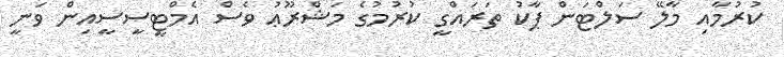
ކުރުމާއި މާލޭ ސަލްޓަން ޕާކު ތަރައްގީ ކުރުމުގެ މަޝްރޫޢު ވެސް އެމްޓީސީސީއިން ވަނީ